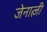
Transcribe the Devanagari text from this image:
जेनात्ज़ी